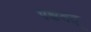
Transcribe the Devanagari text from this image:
पक्षवत्